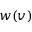
w ( v )